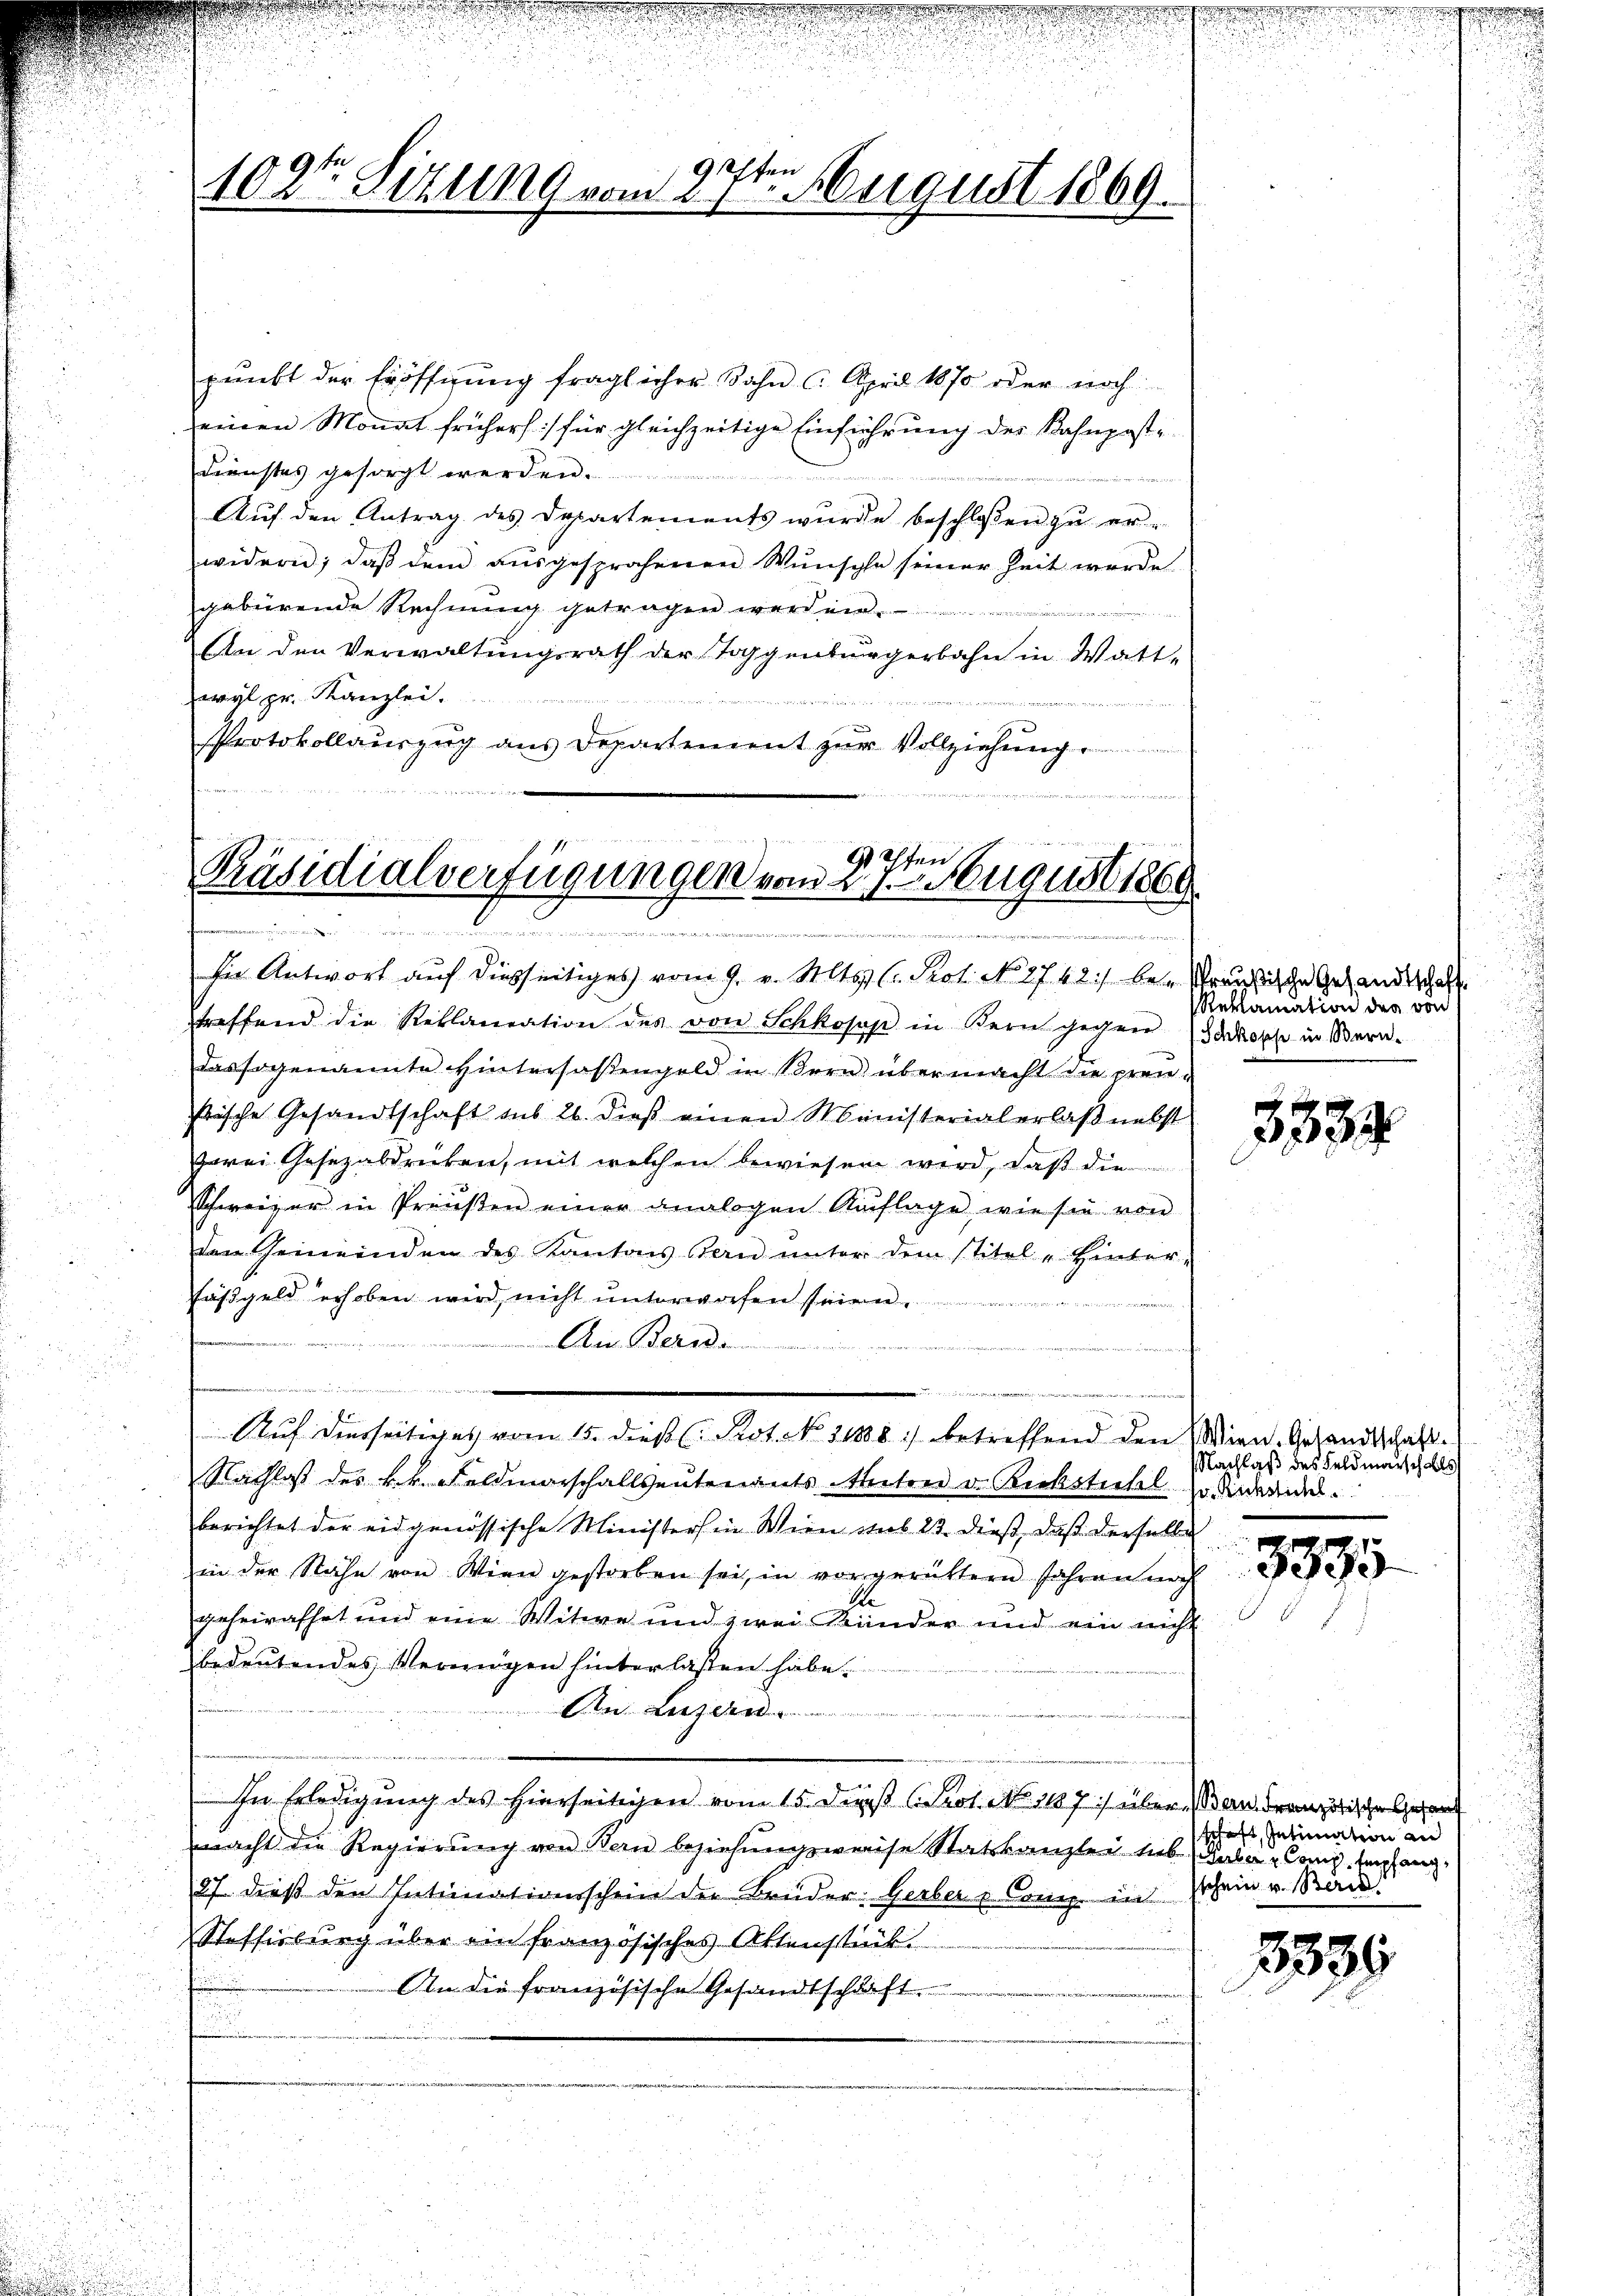
hfen
102te Sitzung vom 1. August 1869.

pŭnkt der Eröffigŭng fraglicher Sohn April 1870 oder noch
einen Monat früher :/ für gleichzeitige Einführung des Bahnpost¬
Dienstes gesorgt werden.
Auf den Antrag des Departements wurde beschlossen zu er-
widern, daβ dem aŭsgesprochenen Wŭnsche seiner Zeit werde
gebürende Rechnung getragen werden.
riere
An den Verwaltungsrath der Toggenburgerbahn in Wattwyl pr. Kanzlei.
Protokollaŭszŭg ans Departement zŭr Vollziehŭng

Iten s
Präsidialverfügungen vom 27. Neugust 1808.
wen in die eine einen ve
sir Antwort auf diesseitiges vom 9. v. Mts. C. Prot. No 2742) be- Verusische Gesandtschaft

treffend die Reklamation des von Schkopp in Kern gegen dopfe in Bern.
das sogenannte Hintersaßengeld in Bern übermacht die preustische Gesandtschaft aus 26. dieβ einen Ministerialerlaß nebst
gerei Gesezabdrüken, mit welchen bewiesen wird, daß die
Schweizer in Preŭβen einer analogen Auflage, wie sie von
den Gemeinden des Kantons Bern unter dem stitel - Hinter-
Fäßgeld erhoben wird, nicht ŭnterworfen si
 472 und
Au Bernde

e

u
Rachlass des k.k. Feldmarschallseutenants Anton v. Bickstuhl so wiederne
berichtet der eidgenössische Ministers in Wien sub 23. dieß, daß derselbe
in der Nähe von Wien gestorben sei, in vorgerüttern Jahren nach
A.
geheirathet und eine Witwe und zwei Bänder und ein nicht
bedeutendes Vermögen hinterlassen habe.
n Luzern
In Erledigung des hierseitigen vom 15. Der Prot. No. 1107) über Baudranzösische sera
macht die Regierung von Bern beziehungsweise Statskanzlei lib Raba u Comp. Empfang,
27 dieß den Intimationsschein der Brüder: Gerber Comp. in schein v. Stan
Steffisburg über ein französisches Attenstück.
An die französische Gesandtschaft
u

e
i
u

Auf diesseitiges vom 15. dieß (Prot. N. 31888) betreffend den

Reklamation der von

3334

Wien. Gesandtschaft.
Nachlaß des Feldmarschalls
1

3535

schaft, Intimation an

3335